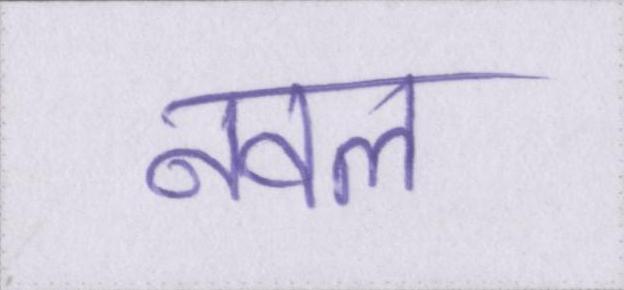
नवल